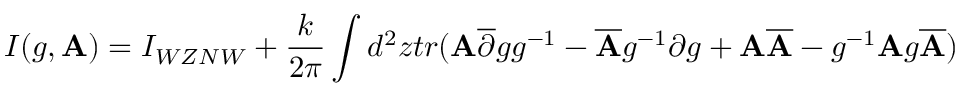
I ( g , { \bf A } ) = I _ { W Z N W } + \frac { k } { 2 \pi } \int d ^ { 2 } z t r ( { \bf A } \overline { { { \partial } } } g g ^ { - 1 } - \overline { { { { \bf A } } } } g ^ { - 1 } \partial g + { \bf A } \overline { { { { \bf A } } } } - g ^ { - 1 } { \bf A } g \overline { { { { \bf A } } } } )